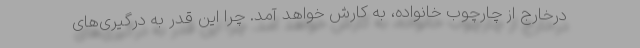
درخارج از چارچوب خانواده، به کارش خواهد آمد. چرا این قدر به درگیری‌های